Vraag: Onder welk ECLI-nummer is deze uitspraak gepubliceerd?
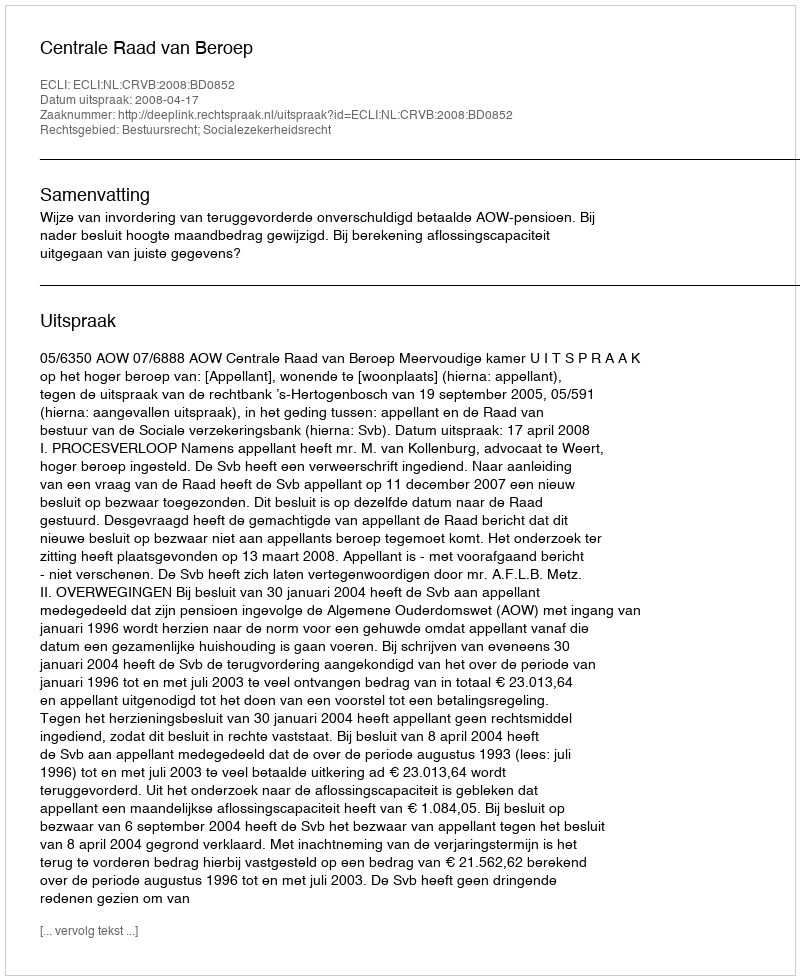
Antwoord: ECLI:NL:CRVB:2008:BD0852